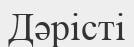
Дәрісті